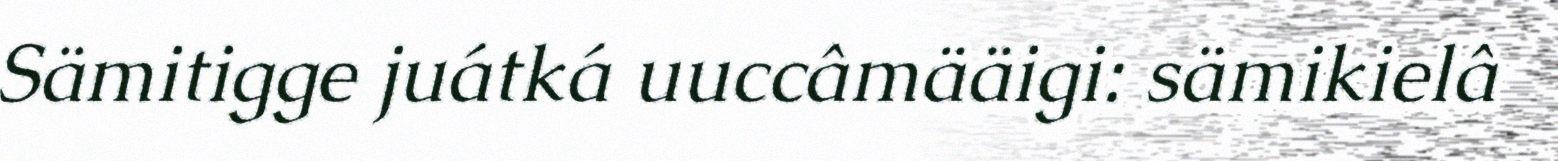
Sämitigge juátká uuccâmääigi: sämikielâ